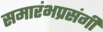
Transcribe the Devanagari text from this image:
समारंभप्रसंगी